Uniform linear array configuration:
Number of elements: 8
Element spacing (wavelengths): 0.5
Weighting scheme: binomial
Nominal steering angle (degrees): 30
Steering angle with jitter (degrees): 30.26
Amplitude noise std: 0.05
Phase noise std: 0.05

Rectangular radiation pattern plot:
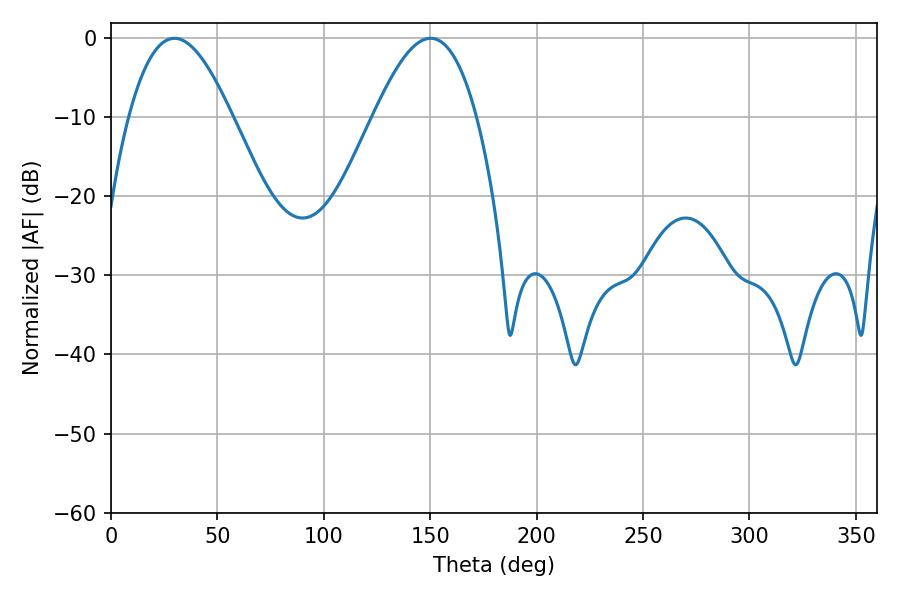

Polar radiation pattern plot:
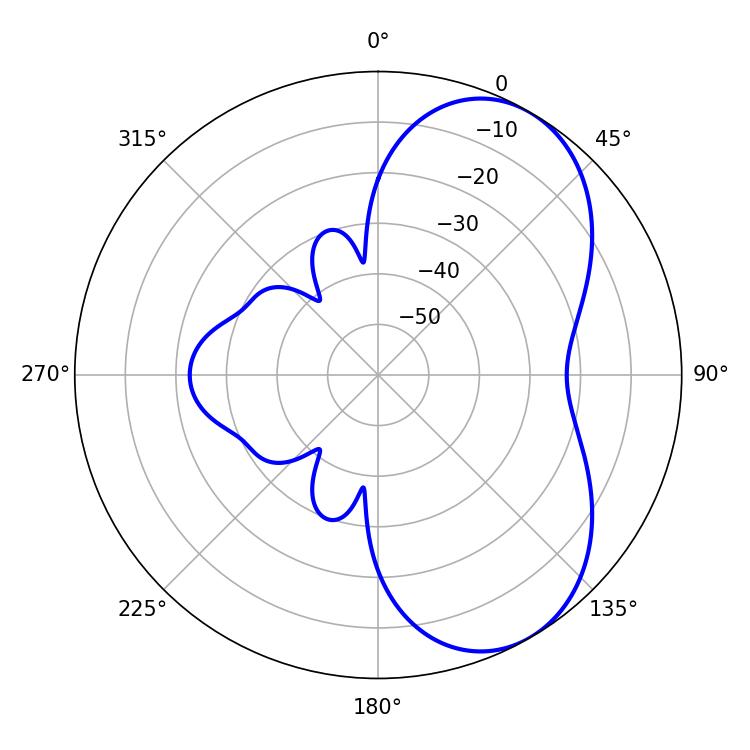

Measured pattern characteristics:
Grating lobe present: FALSE
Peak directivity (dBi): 5.889
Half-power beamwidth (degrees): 26.28
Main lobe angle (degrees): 29.88